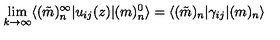
\lim _ { k \rightarrow \infty } \langle ( \tilde { m } ) _ { n } ^ { \infty } | u _ { i j } ( z ) | ( m ) _ { n } ^ { 0 } \rangle = \langle ( \tilde { m } ) _ { n } | \gamma _ { i j } | ( m ) _ { n } \rangle